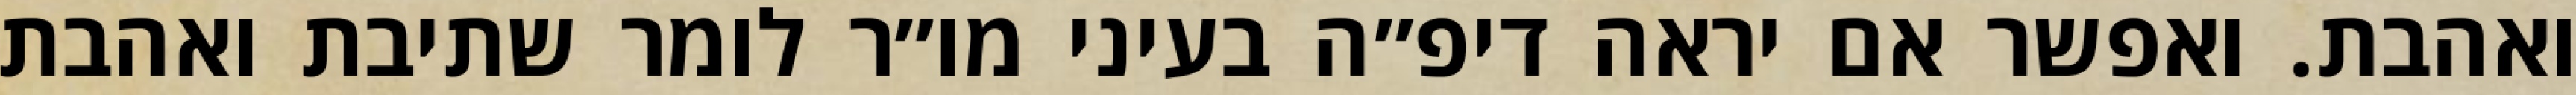
ואהבת. ואפשר אם יראה דיפ״ה בעיני מו״ר לומר שתיבת ואהבת